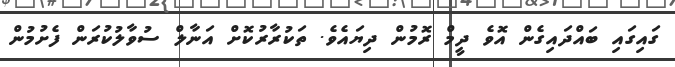
ގައިގައި ބައްދައިގެން އޮވެ ދީމް ރޮމުން ދިޔައެވެ. ތަކުރާރުކޮށް އަނާލް ސުވާލުކުރަން ފެށުމުން